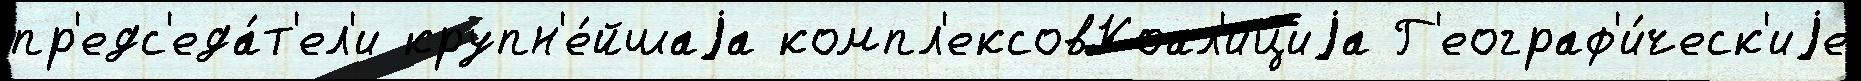
пр'едс'еда́т'ел'и крупн'е́йшаjа компл'ексовКоал'ициjа Г'еограф'и́ческ'иjе